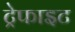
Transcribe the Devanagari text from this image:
ट्रेफाइट